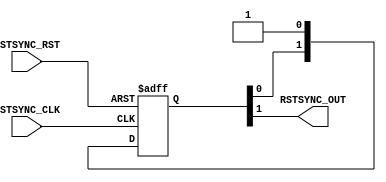
// TYPE: module
// DEPARTMENT: communication and electronics department
// AUTHOR EMAIL: mina.hannaone@gmail.com
//------------------------------------------------
// Release history
// VERSION DATE AUTHOR DESCRIPTION
// 1.0 19/7/2022 Mina Hanna final version
//------------------------------------------------
// KEYWORDS: reset deassertion, clock domain crossing, synchronizer
//------------------------------------------------
// PURPOSE:\this is a Parameterized reset synchronizer for reset deassertion\
module RST_SYNC #(parameter STAGES = 2) (
  input    wire                   RSTSYNC_CLK,
  input    wire                   RSTSYNC_RST,
  output   reg                    RSTSYNC_OUT);
  
  reg    [STAGES-1:0]    FFSTAGES;
  
  //////////////////synchronizer logic/////////////////
  always@(posedge RSTSYNC_CLK or negedge RSTSYNC_RST)
  begin
    if(!RSTSYNC_RST)
      begin
        FFSTAGES <= 'b0;
      end
    else
     FFSTAGES <= {FFSTAGES[STAGES-2:0],1'b1};
  end
  
  always@(*)
  begin
   RSTSYNC_OUT = FFSTAGES[STAGES-1];
  end 
endmodule